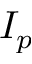
I _ { p }